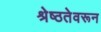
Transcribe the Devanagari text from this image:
श्रेष्ठतेवरून